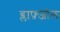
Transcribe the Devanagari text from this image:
ब्लाफ़्जोल